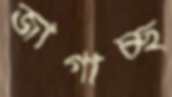
জাগাচ্ছ